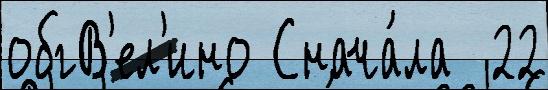
обгВ'ел'ино Снача́ла  22